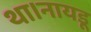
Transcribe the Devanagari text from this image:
था।नायडू